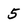
Character: 5